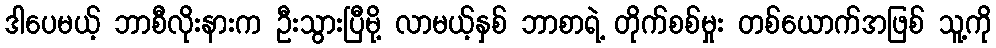
ဒါပေမယ့် ဘာစီလိုးနားက ဦးသွားပြီမို့ လာမယ့်နှစ် ဘာစာရဲ့ တိုက်စစ်မှုး တစ်ယောက်အဖြစ် သူ့ကို